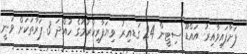
ފަށާފައިވާއިރު އަައްޑޫ ސިޓީން 24 ގަޑއިރު ވިޔަފާރިކުރުމުގެ ހުއްދަ 3 ފަރާތަކަށް ވަނީ